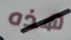
هذه